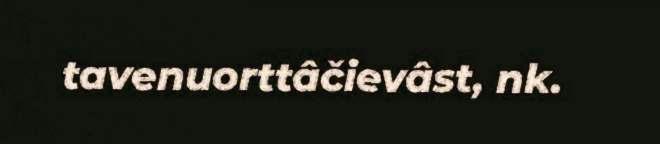
tavenuorttâčievâst, nk.